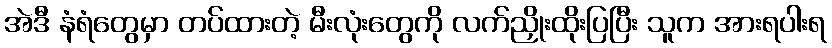
အဲဒီ နံရံတွေမှာ တပ်ထားတဲ့ မီးလုံးတွေကို လက်ညှိုးထိုးပြပြီး သူက အားရပါးရ